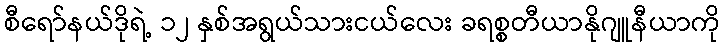
စီရော်နယ်ဒိုရဲ့ ၁၂ နှစ်အရွယ်သားငယ်လေး ခရစ္စတီယာနိုဂျူနီယာကို